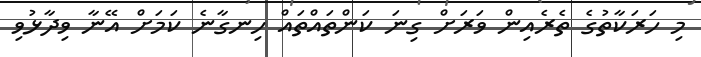
މި ހަރަކާތުގެ ތެރެއިން ވަރަށް ގިނަ ކަންތައްތައް ހިނގާނެ ކަމަށް އޭނާ ވިދާޅުވި